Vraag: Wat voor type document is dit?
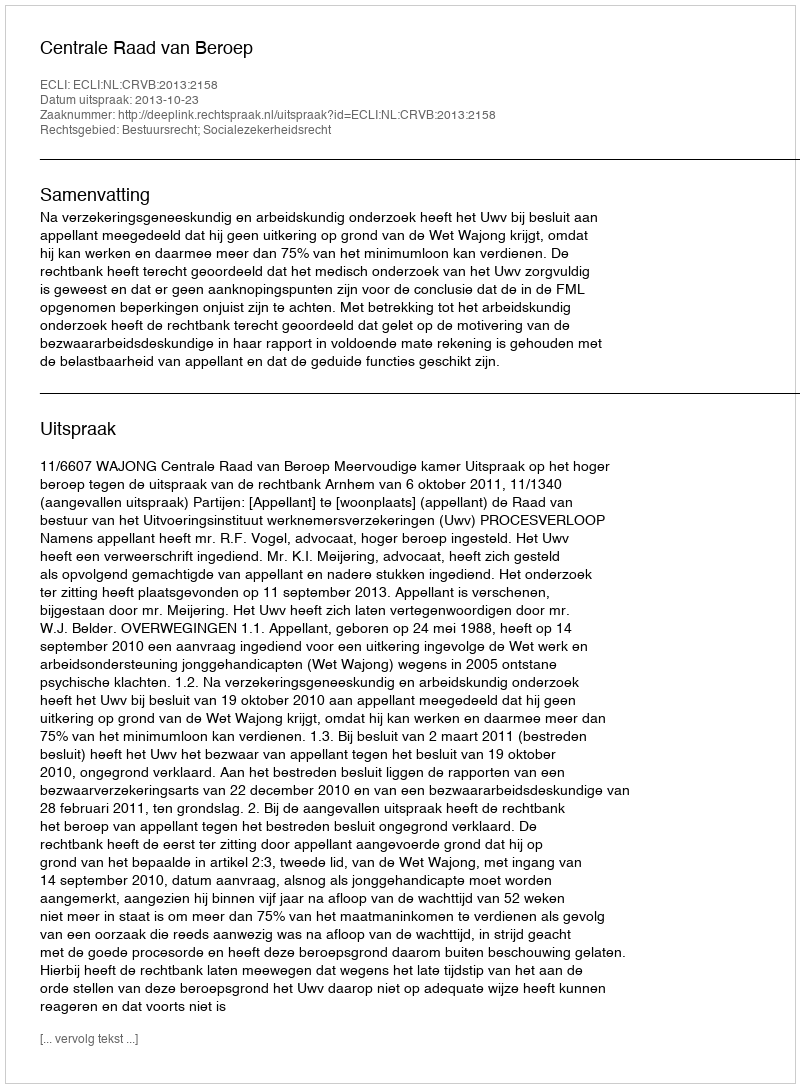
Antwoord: Uitspraak